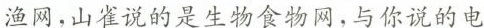
渔网，山雀说的是生物食物网，与你说的电